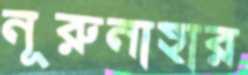
নূরুনাহার